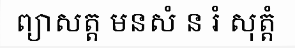
ព្យាសត្ត មនសំ ន រំ សុត្តំ